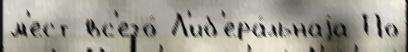
м'ест вс'его́ Л'иб'ера́льнаjа По